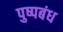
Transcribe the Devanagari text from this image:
पुष्पबंध